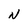
Character: N